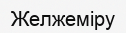
Желжеміру